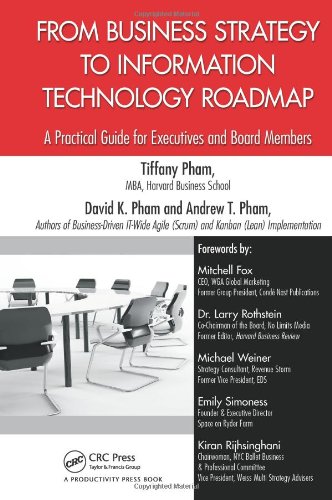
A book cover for From Business Strategy to Information Technology Roadmap: A Practical Guide for Executives and Board Members; Tiffany Pham; Computers & Technology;